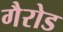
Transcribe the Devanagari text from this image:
गैरोड